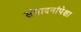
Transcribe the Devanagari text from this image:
संपादनांपेक्षा